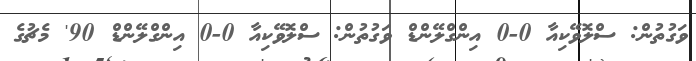
ވަގުތުން: ސްލޮވޭކިއާ 0-0 އިންގްލޭންޑް ވަގުތުން: ސްލޮވޭކިއާ 0-0 އިންގްލޭންޑް 90' މެޗުގެ